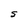
Character: S